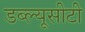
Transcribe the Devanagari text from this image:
डब्ल्यूसीटी